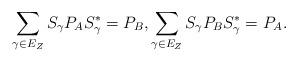
LaTeX: \begin{align*}\sum_{\gamma\in E_Z} S_\gamma P_A S_\gamma^* = P_B,\sum_{\gamma\in E_Z} S_\gamma P_B S_\gamma^* = P_A.\end{align*}